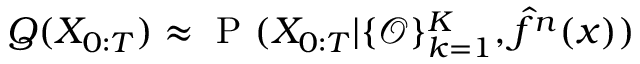
Q ( X _ { 0 : T } ) \approx \mathrm { ~ P ~ } ( X _ { 0 : T } | \{ \mathcal { O } \} _ { k = 1 } ^ { K } , \hat { f } ^ { n } ( x ) )